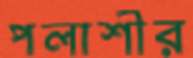
পলাশীর